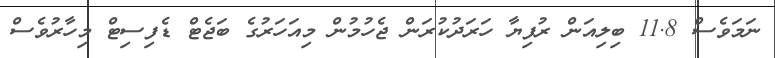
ނަމަވެސް 11.8 ބިލިއަން ރުފިޔާ ހަރަދުކުރަން ޖެހުމުން މިއަހަރުގެ ބަޖެޓް ޑެފިސިޓް މިހާރުވެސް